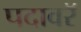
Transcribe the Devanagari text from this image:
पदावरॅ